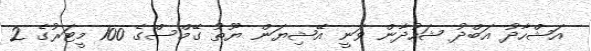
އަޝްހާދު އަބްދު ޝަހުދާން ވަނީ އޭޝިޔަން ޔޫތު ގޭމްސްގެ 100 މީޓަރުގެ 2